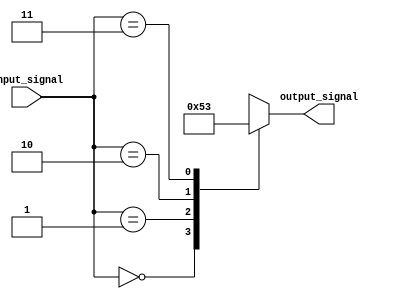
module simple_case_statement (
    input wire [1:0] input_signal,
    output reg [2:0] output_signal
);

always @ (*) begin
    case (input_signal)
        2'b00: output_signal = 3'b000;
        2'b01: output_signal = 3'b001;
        2'b10: output_signal = 3'b010;
        2'b11: output_signal = 3'b011;
        default: output_signal = 3'b000; //default case
    endcase
end

endmodule